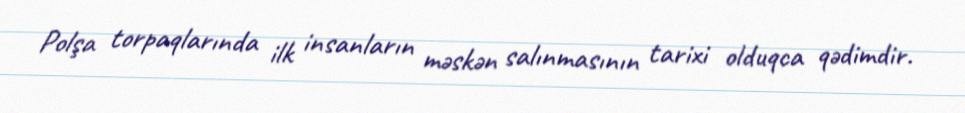
Polşa torpaqlarında ilk insanların məskən salınmasının tarixi olduqca qədimdir.